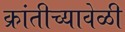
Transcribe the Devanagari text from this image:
क्रांतीच्यावेळी